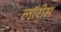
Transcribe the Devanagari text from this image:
लॉरीस